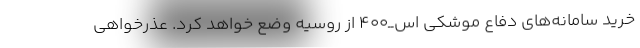
خرید سامانه‌های دفاع موشکی اس‌ــ‌400 از روسیه وضع خواهد کرد. عذرخواهی